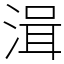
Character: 湒